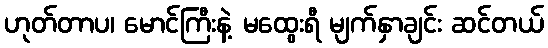
ဟုတ်တာပ၊ မောင်ကြီးနဲ့ မထွေးရီ မျက်နှာချင်း ဆင်တယ်